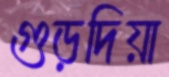
গুড়দিয়া